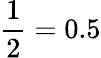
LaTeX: {\frac{1}{2}}=0.5